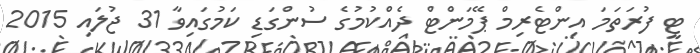
ޓީ ފުރަތަމަ އިންޓެރިމް ޕޭމަންޓް ދެއްކުމުގެ ސުންގަޑި ކަމުގައިވާ 31 ޖުލައި 2015